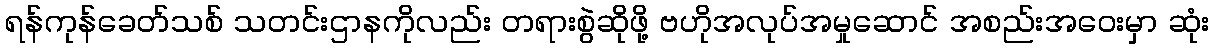
ရန်ကုန်ခေတ်သစ် သတင်းဌာနကိုလည်း တရားစွဲဆိုဖို့ ဗဟိုအလုပ်အမှုဆောင် အစည်းအဝေးမှာ ဆုံး